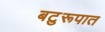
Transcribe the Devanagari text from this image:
बटुरूपात